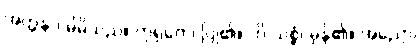
အတ္တနာ၊ မိမိသည်။ ကုရုတေ၊ ပြု၏။ ဟိ သစ္စံ၊ မှန်၏။ အညော၊